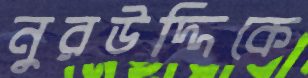
নুরউদ্দিকে